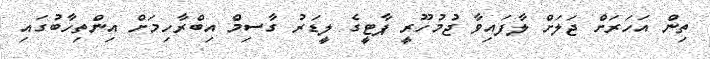
ތިން އަހަރަށް ޖަލަށް ލާފައިވާ ޖުމުހޫރީ ޕާޓީގެ ލީޑަރު ގާސިމް އިބްރާހިމަށް އިންތިހާބުގައި